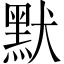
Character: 默